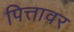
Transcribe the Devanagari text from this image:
पित्तावर